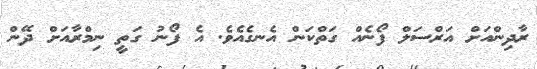
ރާދިންއަށް އަރްސަލް ފޯނެއް ގަތްކަން އެނގެއެވެ. އެ ފޯނު ގަތީ ނިމްރާއަށް ދޭން